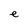
Character: e